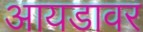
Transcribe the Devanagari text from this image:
आयडावर